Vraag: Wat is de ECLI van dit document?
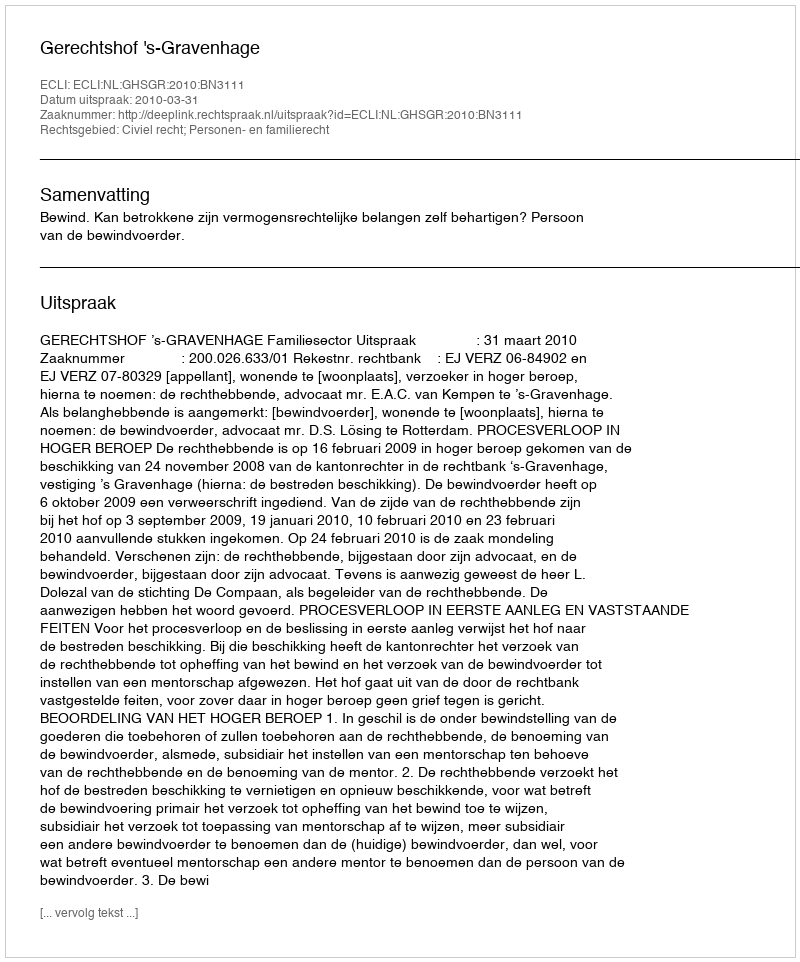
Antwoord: ECLI:NL:GHSGR:2010:BN3111